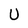
Character: U